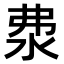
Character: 𣲴